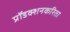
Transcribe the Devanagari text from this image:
प्रॉडक्शनकरिता